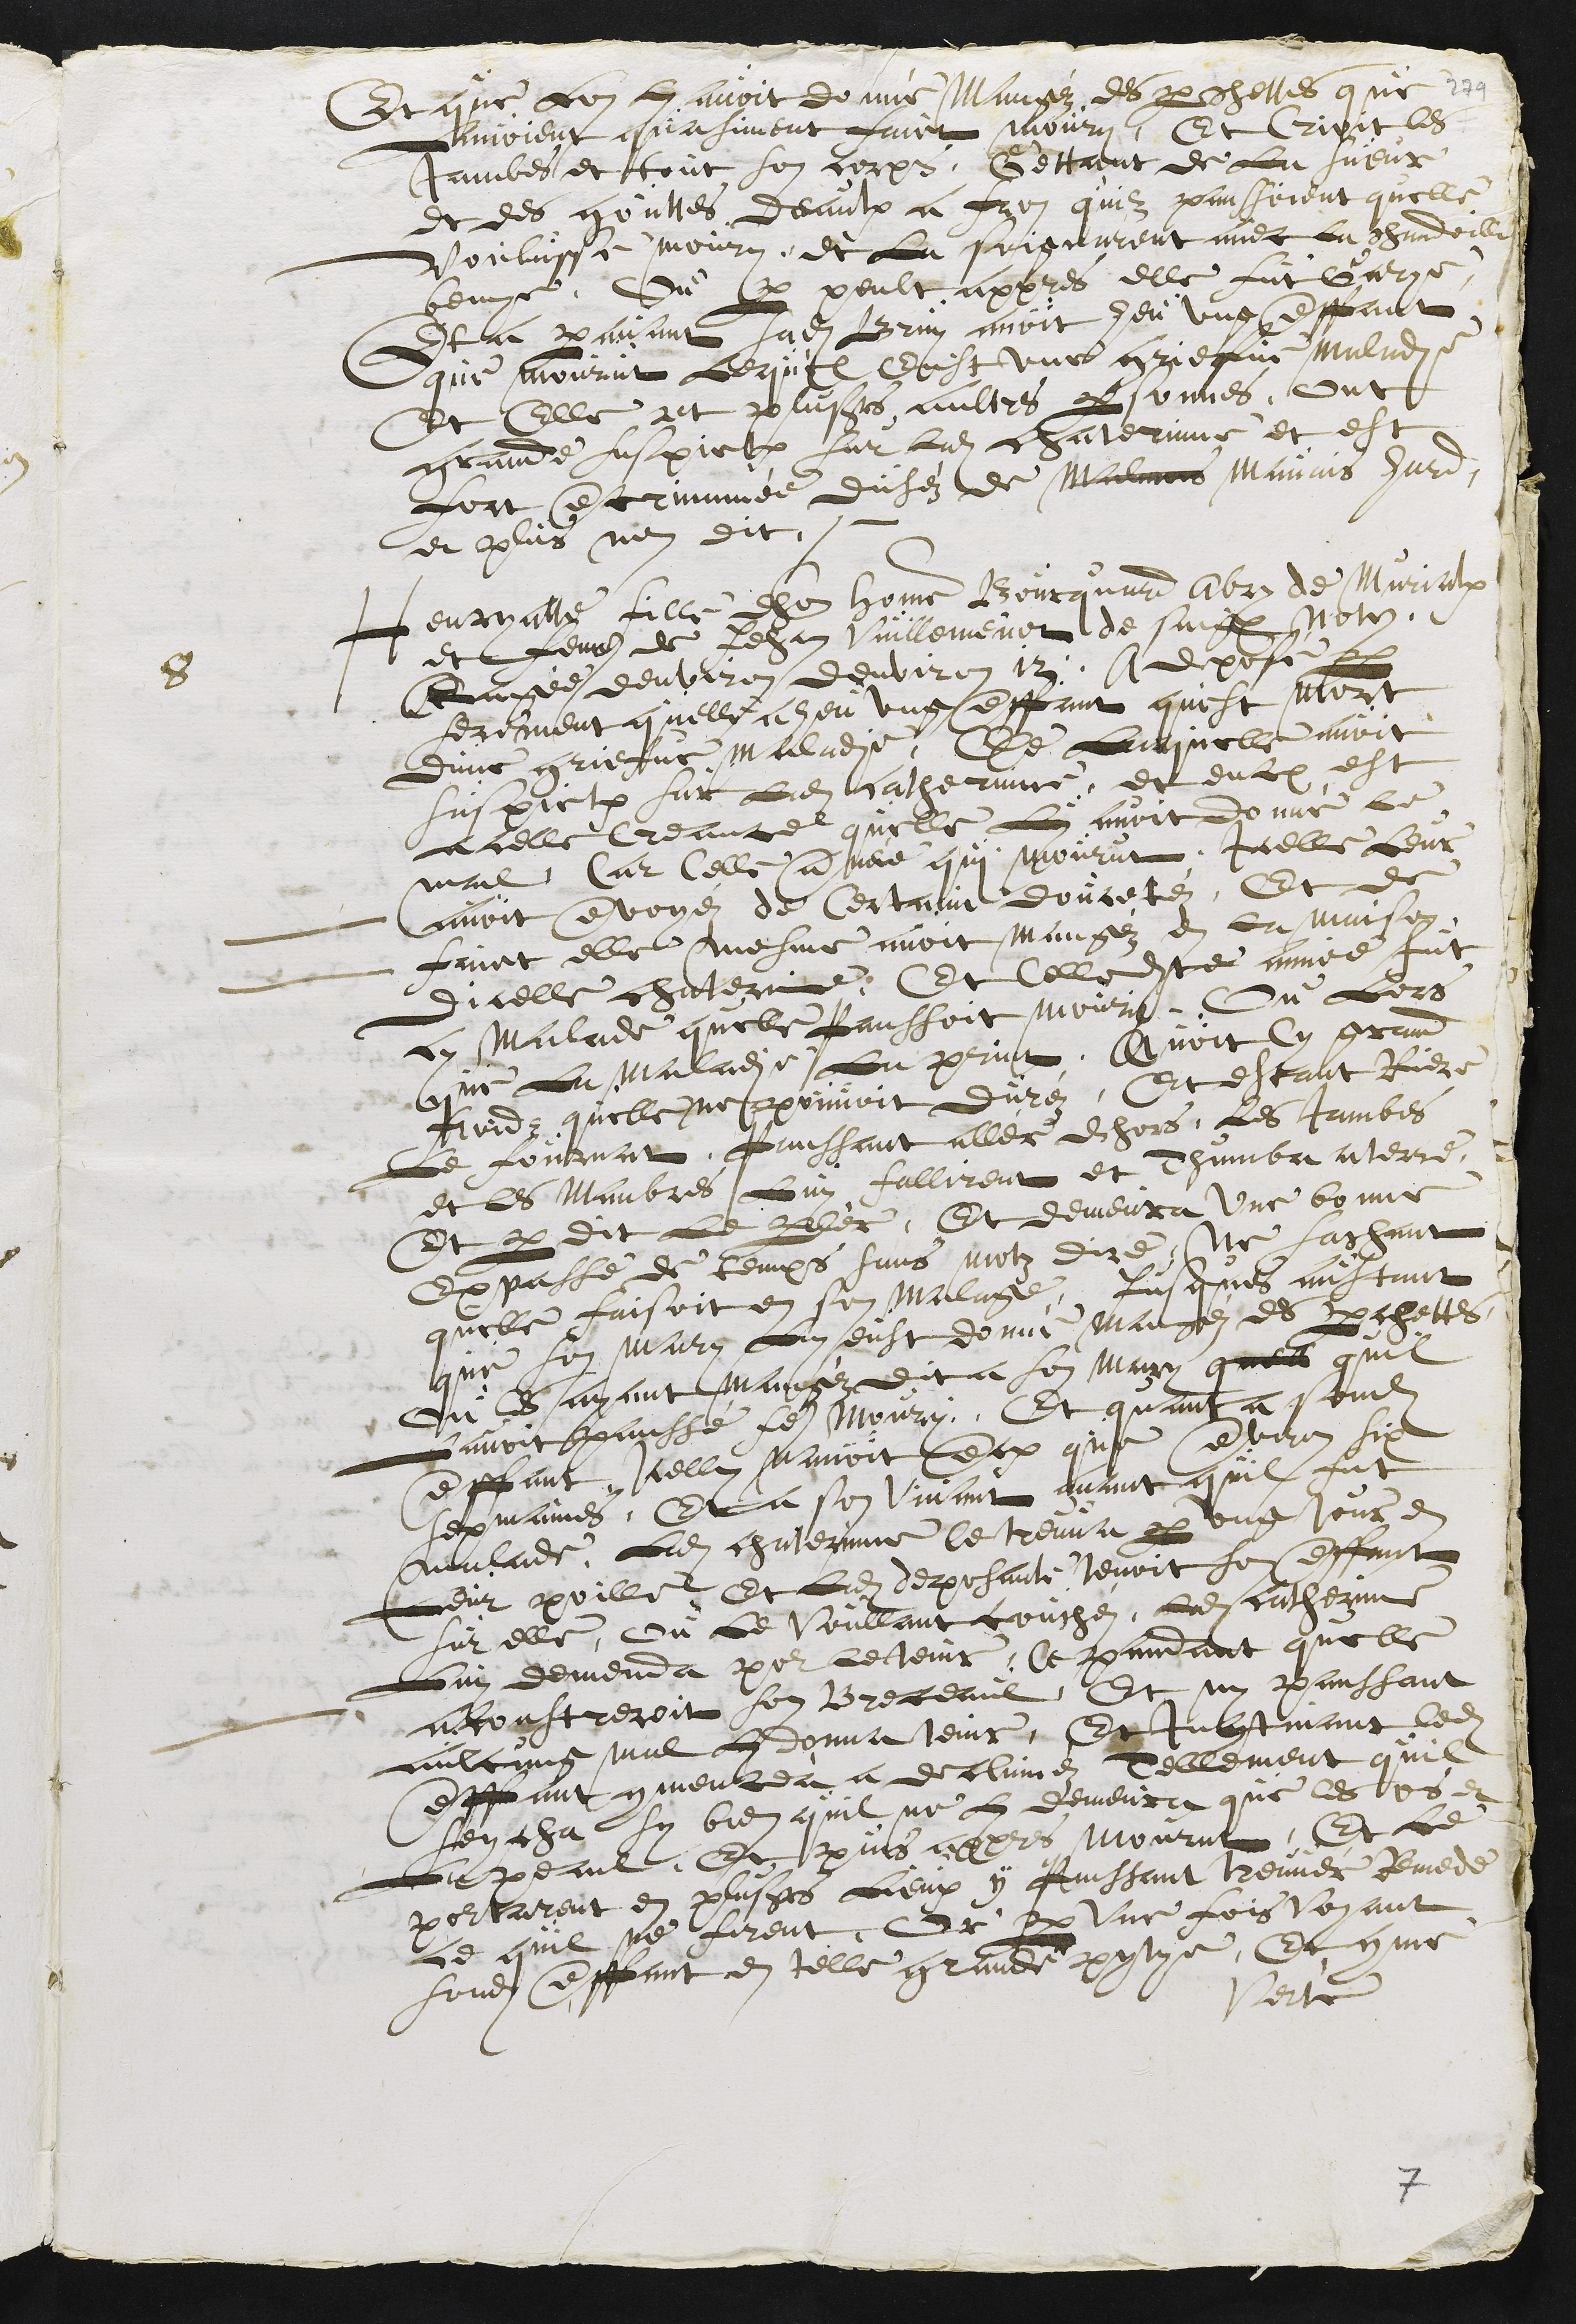
Et que Lon Luy avoit donné Magéze des perchettes que
Lavoient quasiment faict moury, Et Crioit ces
Jambes et tout son corps, Gettant de La sueur
et des gouttes deaulx a fron quilz panssoient quelle
voulusse moury, et La soignarent avec La chandoille
benye, Ou par peult appres elle fut Garye.
Et a paravant sadite Bruy avoit heu ung enffant
que mourut Lequel Eust une griefve maladie
Et Elle et plusieurs aultres personnes ont
grande suspiction sur Ladite chaterinne et est
fort encrimmée duséz de Malvais Mavais hard,
et plus nen dit.
8
Henryatte fille dhonorable homme Bourquard Abry de Murialx
et femme de Jehan Vuillemenot de Saignelégier, notaire
Eagée denviron denviron 17.  a deposé par
serement quelle a heu ung enffant quest mort
dune griefve maladie, De Laquelle avoit
suspiction sur Ladite catherinne, et encore est
a celle Creancee quelle Luy avoit donné le
mal, Car Celle année qui mourut, Icelle Leur
avoit envoyéz de Certaine doucetéz, Et de
faict elle mesme avoit mangéz en la maison
dicelle chaterinne, Et Celledite année fut
cy malade quelle panssoit mourir. Ou lors
que La Maladie la print, Avoit Cy grand
froidz quelle ne pouvoit duréz. Et estant Riere
Le fournat, panssant allér dehors, Les Jambes
et les Mambres Luy fallirent et Thumba a terre,
Et perdit Le parlér, Et demeura une bonne
Espasse de temps sans motz dire, Ne sachant
quelle faisoit en son Malage, jusques aultant
que son mary Luy eust donné mangéz des perchettes
Ou les ayant mangéz dit a son mary qu?? quil
Lavoit panssé faire moury. Et quant a sondit
enffant, Icelle navoit encore que environ six
sepmaines, Et a son Vivant avant quil fut
malade, Ladite chaterinne le treuva par ung jour en
Leur poille, Et Ladite deposante tenoit son enffant
sur elle, ou Le Voullant couchéz,  Ladite catherinne
Luy demenda pour le tenir, Ce pandant quelle
acoustreroit son Breceaul, Et ny panssant
aulcung mal Luy donna tenir, Et Incontinant ledit
enffant commencea a declinnez Tellement quil
seycha sy bien quil ne Luy demeura que les os et
La peaul, Et puis appres mourut. Et Le
pourtarent en plusieurs Lieux y panssant treuvér Remede
ce quil ne firent. Or, par Une fois Voyant
sondit enffant en telle grande pytye, Et comme
Verté